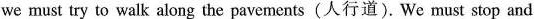
we must try to walk along the pavements (人行道). We must stop and